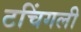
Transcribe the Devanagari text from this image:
टचिंगली